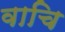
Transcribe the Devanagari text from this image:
वाचि